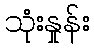
သုံးနှုန်း